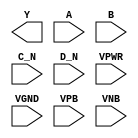
/**
 * Copyright 2020 The SkyWater PDK Authors
 *
 * Licensed under the Apache License, Version 2.0 (the "License");
 * you may not use this file except in compliance with the License.
 * You may obtain a copy of the License at
 *
 *     https://www.apache.org/licenses/LICENSE-2.0
 *
 * Unless required by applicable law or agreed to in writing, software
 * distributed under the License is distributed on an "AS IS" BASIS,
 * WITHOUT WARRANTIES OR CONDITIONS OF ANY KIND, either express or implied.
 * See the License for the specific language governing permissions and
 * limitations under the License.
 *
 * SPDX-License-Identifier: Apache-2.0
 */

`ifndef SKY130_FD_SC_LP__NOR4BB_PP_BLACKBOX_V
`define SKY130_FD_SC_LP__NOR4BB_PP_BLACKBOX_V

/**
 * nor4bb: 4-input NOR, first two inputs inverted.
 *
 * Verilog stub definition (black box with power pins).
 *
 * WARNING: This file is autogenerated, do not modify directly!
 */

`timescale 1ns / 1ps
`default_nettype none

(* blackbox *)
module sky130_fd_sc_lp__nor4bb (
    Y   ,
    A   ,
    B   ,
    C_N ,
    D_N ,
    VPWR,
    VGND,
    VPB ,
    VNB
);

    output Y   ;
    input  A   ;
    input  B   ;
    input  C_N ;
    input  D_N ;
    input  VPWR;
    input  VGND;
    input  VPB ;
    input  VNB ;
endmodule

`default_nettype wire
`endif  // SKY130_FD_SC_LP__NOR4BB_PP_BLACKBOX_V